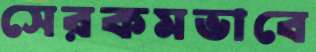
সেরকমভাবে